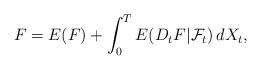
LaTeX: \begin{align*}F = E(F) + \int_0^T E(D_t F|\mathcal{F}_t)\,dX_t,\end{align*}